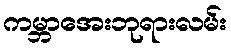
ကမ္ဘာအေးဘုရားလမ်း